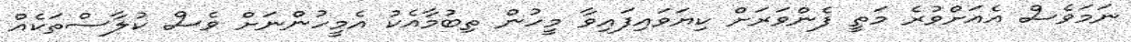
ނަމަވެސް އެއަށްވުރެ މަތީ ފެންވަރަށް ކިޔަވައިފައިވާ މީހުން ތިބުމާއެކު އެމީހުންނަށް ވެސް ކުލާސްތަކެއް